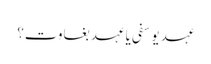
عہد یوسفی یا عہد بغاوت؟